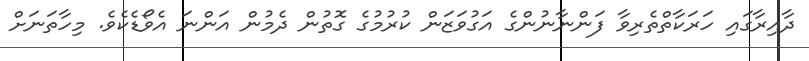
ދާއިރާގައި ހަރަކާތްތެރިވާ ފަންނާނުންގެ އަގުވަޒަން ކުރުމުގެ ގޮތުން ދެމުން އަންނަ އެވޯޑެކެވެ. މިހާތަނަށް